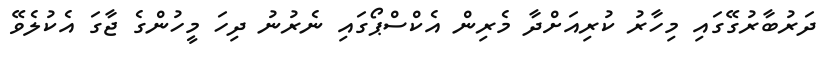
ދަރުބާރުގޭގައި މިހާރު ކުރިއަށްދާ މެރިން އެކްސްޕޯގައި ނެރުނު ދިހަ މީހުންގެ ޖާގަ އެކުލެވޭ